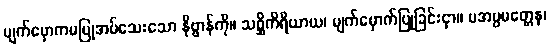
မျက်မှောကမပြုအပ်သေးသော နိဗ္ဗာန်ကို။ သစ္ဆိကိရိယာယ၊ မျက်မှောက်ပြုခြင်းငှာ။ မအပ္ပမတ္တေန၊